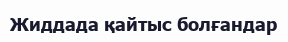
Жиддада қайтыс болғандар